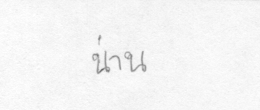
น่าน